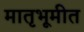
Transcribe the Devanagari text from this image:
मातृभूमीत